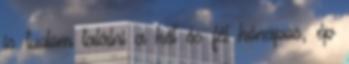
is tudom találni a két és fél hónapos, ép